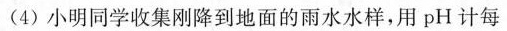
(4)小明同学收集刚降到地面的雨水水样，用pH计每